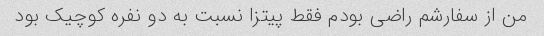
من از سفارشم راضی بودم فقط پیتزا نسبت به دو نفره کوچیک بود